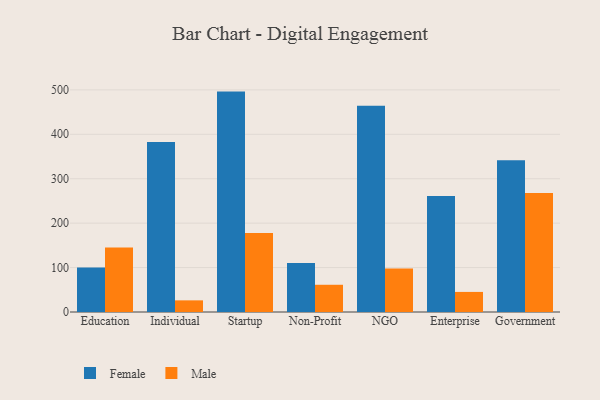
{"axis": {"x": "Segment", "y": "Satisfaction Score"}, "legend": ["Female", "Male"], "data": [{"x": "Education", "y": 100.0, "type": "Female"}, {"x": "Education", "y": 145.1, "type": "Male"}, {"x": "Individual", "y": 382.8, "type": "Female"}, {"x": "Individual", "y": 26.2, "type": "Male"}, {"x": "Startup", "y": 496.1, "type": "Female"}, {"x": "Startup", "y": 177.6, "type": "Male"}, {"x": "Non-Profit", "y": 110.4, "type": "Female"}, {"x": "Non-Profit", "y": 61.3, "type": "Male"}, {"x": "NGO", "y": 464.1, "type": "Female"}, {"x": "NGO", "y": 97.7, "type": "Male"}, {"x": "Enterprise", "y": 261.3, "type": "Female"}, {"x": "Enterprise", "y": 45.2, "type": "Male"}, {"x": "Government", "y": 341.3, "type": "Female"}, {"x": "Government", "y": 267.8, "type": "Male"}]}